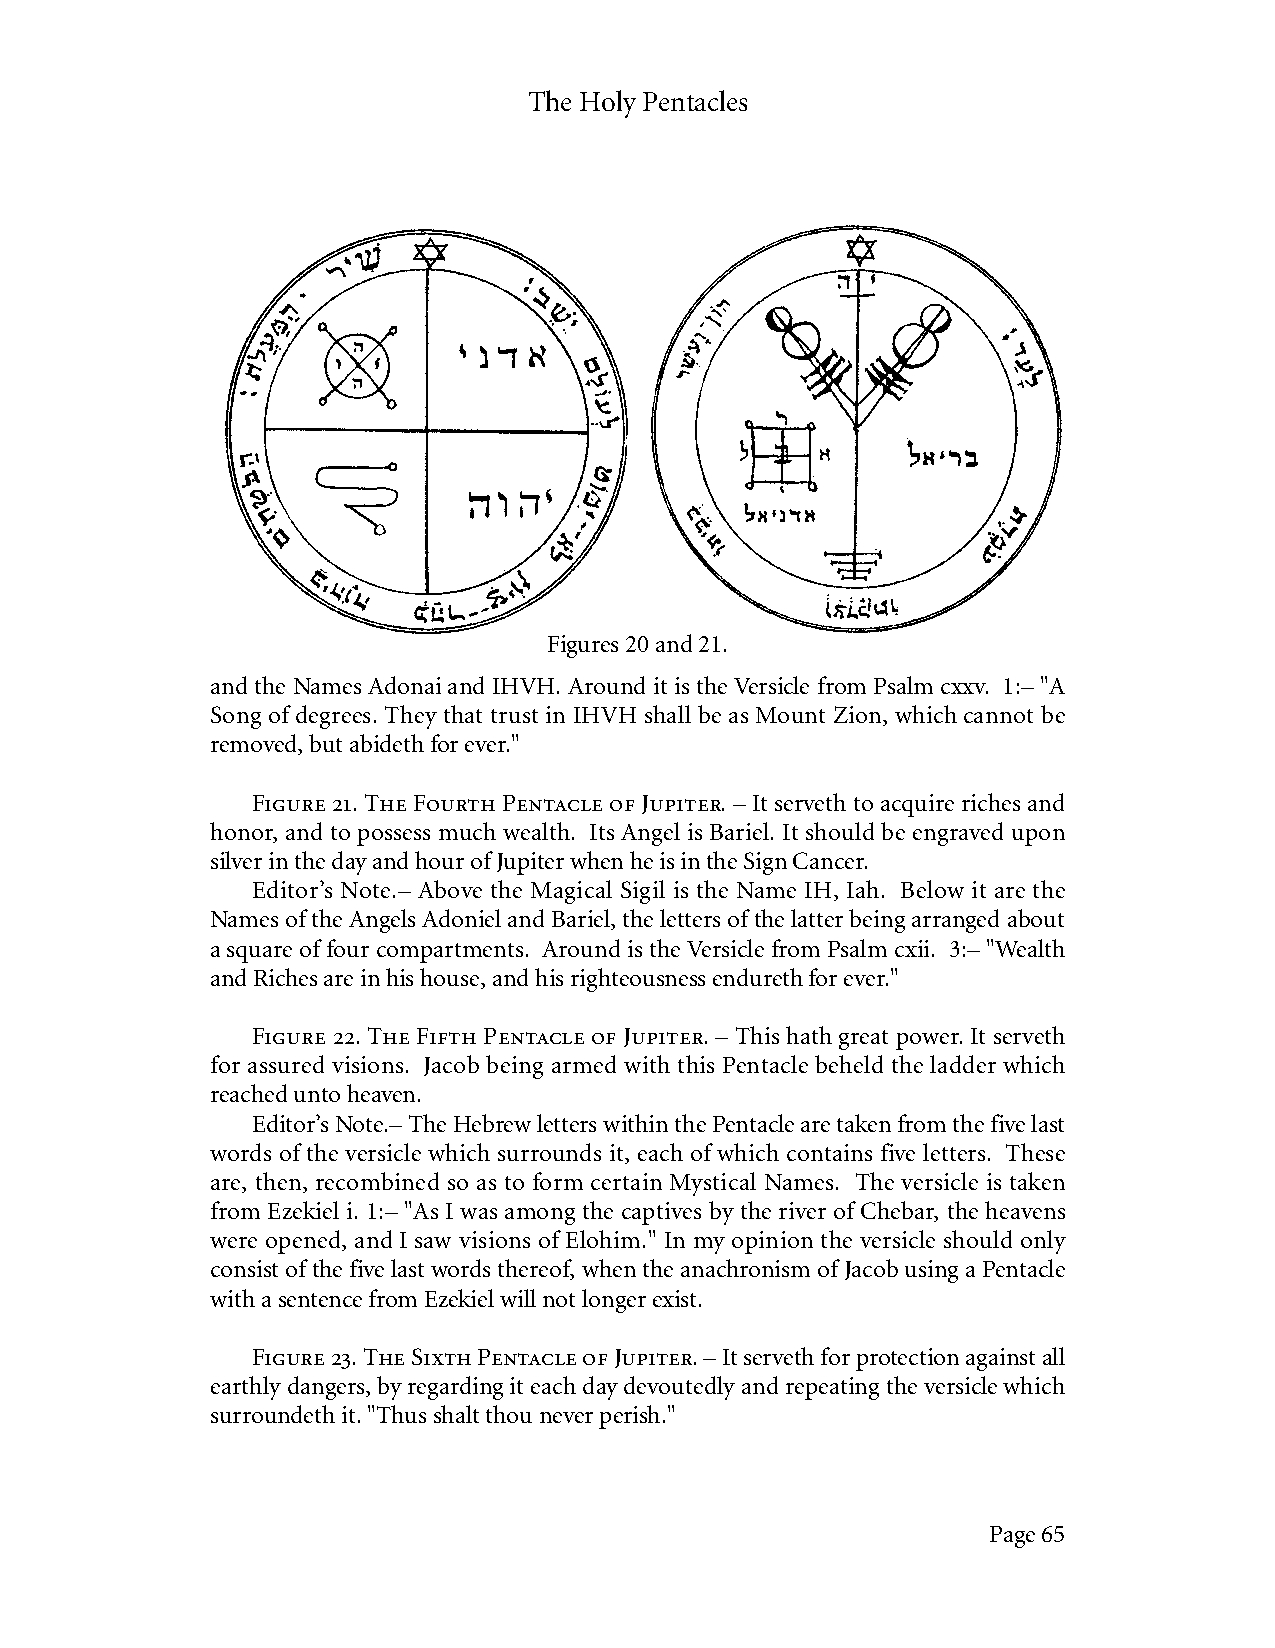
The Holy Pentacles
 Figures 20 and 21.
 and the Names Adonai and IHVH. Around it is the Versicle from Psalm cxxv. 1:– "A
 Song of degrees. They that trust in IHVH shall be as Mount Zion, which cannot be
 removed, but abideth for ever."
 Figure 21. The Fourth Pentacle of Jupiter. – It serveth to acquire riches and
 honor, and to possess much wealth. Its Angel is Bariel. It should be engraved upon
 silver in the day and hour of Jupiter when he is in the Sign Cancer.
 Editor’s Note.– Above the Magical Sigil is the Name IH, Iah. Below it are the
 Names of the Angels Adoniel and Bariel, the letters of the latter being arranged about
 a square of four compartments. Around is the Versicle from Psalm cxii. 3:– "Wealth
 and Riches are in his house, and his righteousness endureth for ever."
 Figure 22. The Fifth Pentacle of Jupiter. – This hath great power. It serveth
 for assured visions. Jacob being armed with this Pentacle beheld the ladder which
 reached unto heaven.
 Editor’s Note.– The Hebrew letters within the Pentacle are taken from the five last
 words of the versicle which surrounds it, each of which contains five letters. These
 are, then, recombined so as to form certain Mystical Names. The versicle is taken
 from Ezekiel i. 1:– "As I was among the captives by the river of Chebar, the heavens
 were opened, and I saw visions of Elohim." In my opinion the versicle should only
 consist of the five last words thereof, when the anachronism of Jacob using a Pentacle
 with a sentence from Ezekiel will not longer exist.
 Figure 23. The Sixth Pentacle of Jupiter. – It serveth for protection against all
 earthly dangers, by regarding it each day devoutedly and repeating the versicle which
 surroundeth it. "Thus shalt thou never perish."
 Page 65